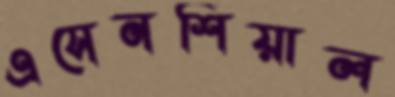
এসেনশিয়াল